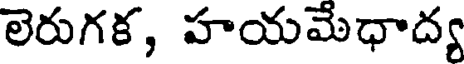
లెరుగక, హయమేధాద్య